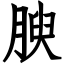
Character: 腴